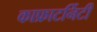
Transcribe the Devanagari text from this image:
काफ्राटर्निटी